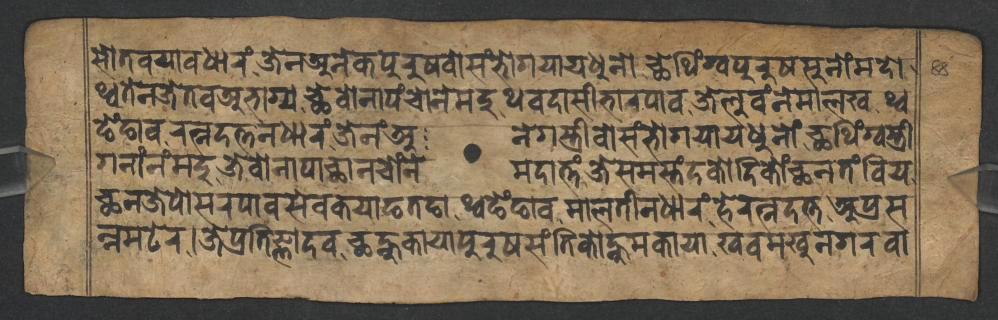
𑐳𑑀𑐟𑐰𑐫𑐵𑐰𑐢𑐵𑐬𑑄𑐖𑐾𑐣𑐀𑐣𑐾𑐎𑐥𑐸𑐬𑐸𑐲𑐰𑑀𑐳𑑄𑐨𑑀𑐐𑐫𑐵𑐫𑐢𑐸𑐣𑑀𑐕𑐾𑐠𑐶𑑄𑐐𑑂𑐰𑐥𑐸𑐬𑐸𑐲𑐳𑐸𑐣𑑀𑑄𑐩𑐡𑑀 𑐠𑑂𑐰𑐟𑐾𑐣𑐖𑐾𑐟𑐰𑐀𑐨𑐵𑐐𑑂𑐫𑐕𑐾𑐰𑑀𑐣𑐵𑐥𑑄𑐔𑑀𑐣𑐾𑐩𑐡𑐸𑐠𑐰𑐡𑐵𑐳𑐷𑐨𑐵𑐬𑐥𑐵𑐰𑐖𑐾𑐮𑐸𑐰𑑄𑐣𑐾𑐩𑐵𑐮𑐏𑐠𑑂𑐰 𑐒𑐾𑑄𑐒𑐵𑐰𑐬𑐟𑑂𑐣𑐡𑐟𑑂𑐟𑐣𑐢𑐵𑐬𑑄𑐖𑐾𑐣𑑄𑐀𑐣𑐾𑐐𑐳𑑂𑐟𑑂𑐬𑐷𑐰𑑀𑐳𑑄𑐨𑑀𑐐𑐫𑐵𑐫𑐢𑐸𑐣𑑀𑑄𑐕𑐠𑐶𑑄𑐐𑑂𑐰𑐳𑑂𑐟𑑂𑐬𑐷 𑐐𑐣𑐵𑑄𑐣𑑄𑐩𑐡𑐸𑐖𑐾𑐰𑑀𑐣𑐵𑐥𑐵𑐕𑐵𑐣𑐔𑑀𑑄𑐣𑐾𑐩𑐡𑐵𑐟𑑂𑐟𑑄𑐖𑐾𑐳𑐩𑐳𑑂𑐟𑑄𑐡𑐎𑑀𑐡𑐶𑐎𑑀𑑄𑐕𑐣𑐟𑑄𑐧𑐶𑐫 𑐕𑐣𑐖𑐾𑐥𑑀𑐳𑐬𑐥𑐵𑐰𑐳𑐾𑐰𑐎𑐫𑐵𑐒𑐟𑐒𑐵𑐠𑑂𑐰𑐒𑐾𑑄𑐒𑐵𑐰𑐩𑐵𑐮𑐟𑐷𑐣𑐢𑐵𑐬𑑄𑐴𑐾𑐬𑐟𑑂𑐣𑐡𑐟𑑂𑐟𑐀𑐥𑑂𑐬𑐳 𑐣𑑂𑐣𑐩𑐚𑐾𑐬𑑋𑐖𑐾𑐥𑑂𑐬𑐟𑐶𑐖𑑂𑐘𑐵𑐡𑐰𑐕𑐣𑑂𑐴𑐸𑐫𑐵𑐥𑐸𑐬𑐸𑐲𑐳𑑄𑐟𑐶𑐎𑑀𑐣𑑂𑐴𑐸𑐩𑐎𑐵𑐫𑐵𑐏𑐰𑐩𑐏𑐸𑐣𑐐𑐬𑐰𑐵